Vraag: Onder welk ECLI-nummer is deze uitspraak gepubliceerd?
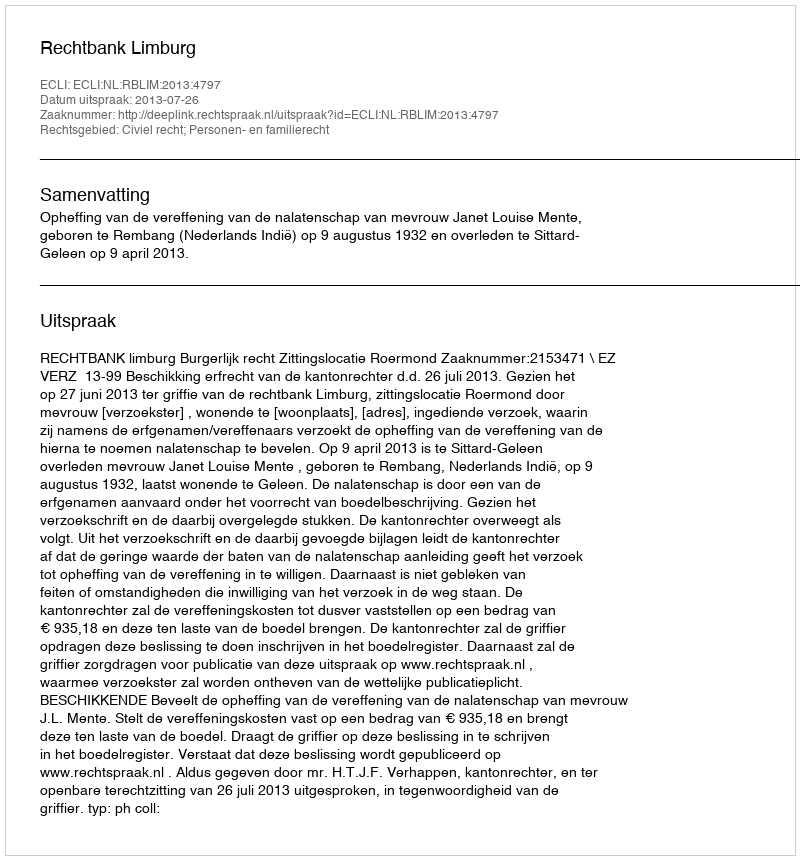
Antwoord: ECLI:NL:RBLIM:2013:4797